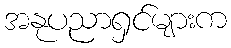
အနုပညာရှင်များက